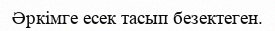
Әркімге есек тасып безектеген.